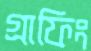
গ্রাফিং